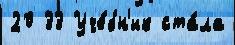
20 33 Уче́бн'ик ста́ла